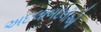
અદલાબદલીઓ